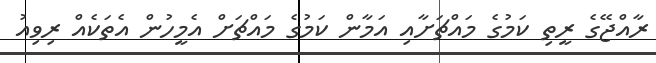
ރާއްޖޭގެ ރީތި ކަމުގެ މައްޗަށާއި އަމާން ކަމުގެ މައްޗަށް އެމީހުން އެތަކެއް ރިވިއު